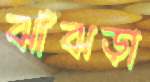
ঝাঁঝড়া